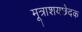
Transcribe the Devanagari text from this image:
मूत्राशयछेदक